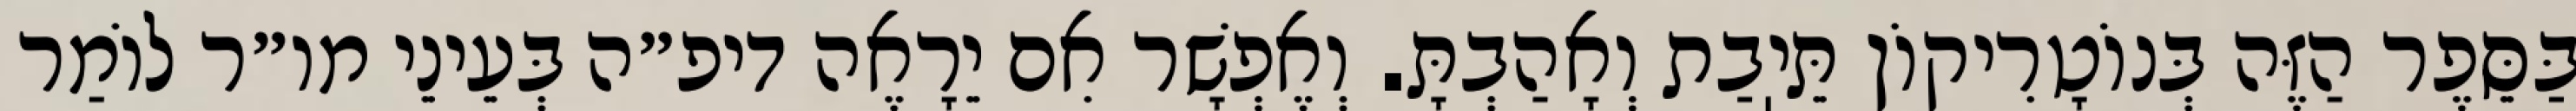
בַּסֵּפֶר הַזֶּה בְּנוֹטָרִיקוֹן תֵּיֽבַת וְאָהַבְתָּ. וְאֶפְשָׁר אִם יֵרָאֶה דיפ״ה בְּעֵינֵי מו״ר לוֹמַר